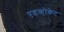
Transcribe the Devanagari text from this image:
एडव्होकेट